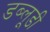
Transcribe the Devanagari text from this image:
डब्लूडी